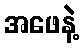
အဖေနဲ့